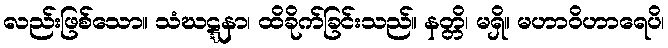
လည်းဖြစ်သော။ သံဃဋ္ဋနာ၊ ထိခိုက်ခြင်းသည်။ နတ္တိ၊ မရှိ။ မဟာဝိဟာရေပိ၊